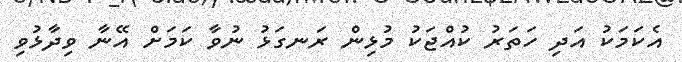
އެކަމަކު އަދި ހަތަރު ކުއްޖަކު މުޅިން ރަނގަޅު ނުވާ ކަމަށް އޭނާ ވިދާޅުވި